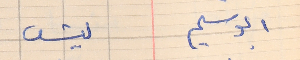
ابو سليم     ليش